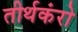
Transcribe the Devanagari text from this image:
तीर्थकंरो